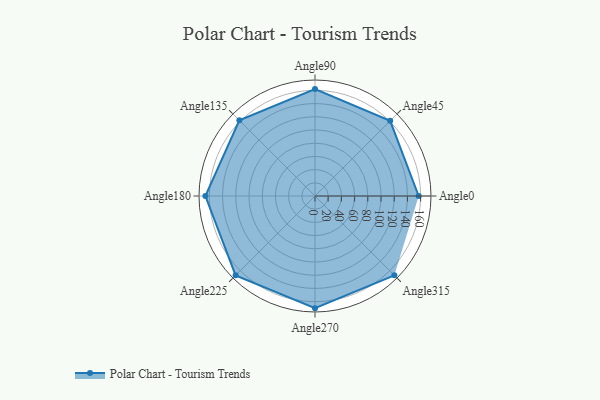
{"axis": {"x": "Angle", "y": "Radius"}, "legend": [""], "data": [{"x": "Angle0", "y": 157.0, "type": ""}, {"x": "Angle45", "y": 161.0, "type": ""}, {"x": "Angle90", "y": 162.0, "type": ""}, {"x": "Angle135", "y": 162.0, "type": ""}, {"x": "Angle180", "y": 166.0, "type": ""}, {"x": "Angle225", "y": 170, "type": ""}, {"x": "Angle270", "y": 170, "type": ""}, {"x": "Angle315", "y": 170, "type": ""}]}